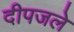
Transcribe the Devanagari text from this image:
दीपजले